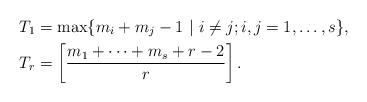
LaTeX: \begin{align*}T_1&=\max\{m_i+m_j-1\ |\ i\ne j; i, j=1, \ldots, s\},\\T_r&=\left[\frac{m_1+\cdots +m_{s} +r-2}{r} \right]. \end{align*}